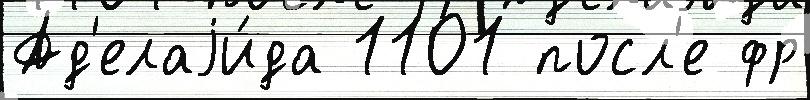
Ад'елаjи́да 1101 посл'е фр